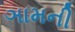
ઞામની